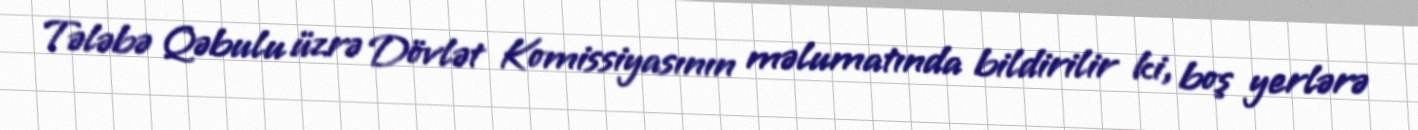
Tələbə Qəbulu üzrə Dövlət Komissiyasının məlumatında bildirilir ki, boş yerlərə